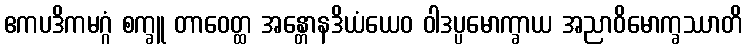
ဧကပဒိကမဂ္ဂံ စက္ခူ တာဝေတ္ထ အန္တောနဒိယံယေဝ ဝါဒပ္ပမောက္ခာယ အညာဝိမောက္ခဿာတိ